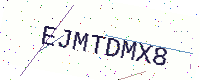
Text: EJMTDMX8